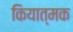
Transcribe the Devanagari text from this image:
कियात्मक